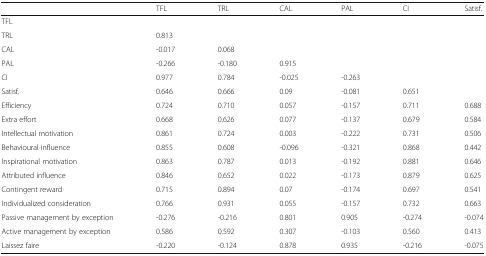
<table><thead><tr><td></td><td><b>TFL</b></td><td><b>TRL</b></td><td><b>CAL</b></td><td><b>PAL</b></td><td><b>CI</b></td><td><b>Satisf.</b></td></tr></thead><tbody><tr><td>TFL</td><td></td><td></td><td></td><td></td><td></td><td></td></tr><tr><td>TRL</td><td>0.813</td><td></td><td></td><td></td><td></td><td></td></tr><tr><td>CAL</td><td>-0.017</td><td>0.068</td><td></td><td></td><td></td><td></td></tr><tr><td>PAL</td><td>-0.266</td><td>-0.180</td><td>0.915</td><td></td><td></td><td></td></tr><tr><td>CI</td><td>0.977</td><td>0.784</td><td>-0.025</td><td>-0.263</td><td></td><td></td></tr><tr><td>Satisf.</td><td>0.646</td><td>0.666</td><td>0.09</td><td>-0.081</td><td>0.651</td><td></td></tr><tr><td>Efficiency</td><td>0.724</td><td>0.710</td><td>0.057</td><td>-0.157</td><td>0.711</td><td>0.688</td></tr><tr><td>Extra effort</td><td>0.668</td><td>0.626</td><td>0.077</td><td>-0.137</td><td>0.679</td><td>0.584</td></tr><tr><td>Intellectual motivation</td><td>0.861</td><td>0.724</td><td>0.003</td><td>-0.222</td><td>0.731</td><td>0.506</td></tr><tr><td>Behavioural influence</td><td>0.855</td><td>0.608</td><td>-0.096</td><td>-0.321</td><td>0.868</td><td>0.442</td></tr><tr><td>Inspirational motivation</td><td>0.863</td><td>0.787</td><td>0.013</td><td>-0.192</td><td>0.881</td><td>0.646</td></tr><tr><td>Attributed influence</td><td>0.846</td><td>0.652</td><td>0.022</td><td>-0.173</td><td>0.879</td><td>0.625</td></tr><tr><td>Contingent reward</td><td>0.715</td><td>0.894</td><td>0.07</td><td>-0.174</td><td>0.697</td><td>0.541</td></tr><tr><td>Individualized consideration</td><td>0.766</td><td>0.931</td><td>0.055</td><td>-0.157</td><td>0.732</td><td>0.663</td></tr><tr><td>Passive management by exception</td><td>-0.276</td><td>-0.216</td><td>0.801</td><td>0.905</td><td>-0.274</td><td>-0.074</td></tr><tr><td>Active management by exception</td><td>0.586</td><td>0.592</td><td>0.307</td><td>-0.103</td><td>0.560</td><td>0.413</td></tr><tr><td>Laissez faire</td><td>-0.220</td><td>-0.124</td><td>0.878</td><td>0.935</td><td>-0.216</td><td>-0.075</td></tr></tbody></table>